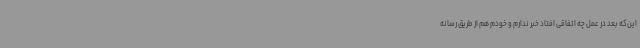
این‌که بعد در عمل چه اتفاقی افتاد خبر ندارم و خودم هم از طریق رسانه